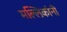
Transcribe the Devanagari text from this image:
मल्लिकांनी